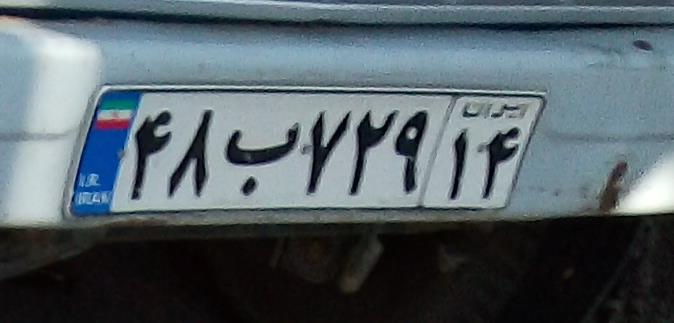
۴۸ب۷۲۹۱۴